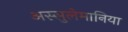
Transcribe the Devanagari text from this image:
अस्सुलेमानिया